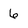
Character: 6